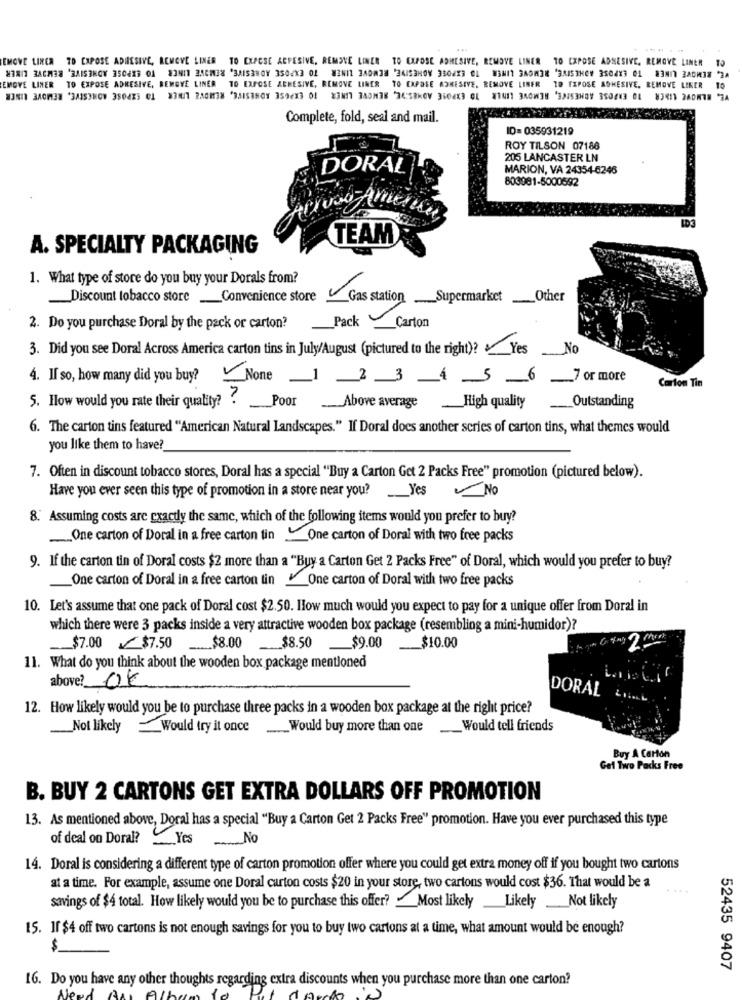
EMOVE LINER TO EXPOSE ADHESIVE, REMOVE LINER TO EXPOSE ARYESIVE, REMOVE LINER TO EXPOSE ADHESIVE, REMOVE LINER TO EXPOSE ADSESIVE, REMOVE LINER TO
8381 3ACH38 'BAISIHOY 35043 01 23NI BACH38 "3AISBNOY 3502X3 02 83NI1 3A0838 34153HOY 350633 01 83811 3A0M38 3AISTHEY 3504X3 01 83817 380M38 34
EMOYE LINER TO EXPOSE ADHESIVE, REMOVE LINER TO EXPOSE ADHESIVE, REMOVE LINER TO EXPOSE ADHESIVE. REMOVE LINER TO EXPOSE ADHESIVE. REMOVE LIKER TO
Complete, fold, seal and mail.
ID= 035931219
ROY TILSON 07186
205 LANCASTER LN
DORAL
MARION, VA 24354-6246
803981-5000592
TEAN
A. SPECIALTY PACKAGING
1. What type of store do you buy your Dorals from?
Discount tobacco store Convenience storeGas station Supermarket_Other
Pack
Carton
2. Do you purchase Doral by the pack or carton?
3. Did you see Doral Across America carton tins in July/August (pictured to the right)? Yes No
4. If so, how many did you buy?None_1 2 3 4 5_6_7 or more
Carton Tin
5. How would you rate their quality? . Poor
Above average High quality
Outstanding
6. The carton tins featured ""American Natural Landscapes." If Doral does another series of carton tins, what themes would
you like them to have?
7. Often in discount tobacco stores, Doral has a special ""Buy a Carton Get 2 Packs Free" promotion (pictured below).
Have you ever seen this type of promotion in a store near you?Yes No
8. Assuming costs are exactly the same, which of the following items would you prefer to buy?
One carton of Doral in a free carton tinOne carton of Doral with two free packs
9. If the carton tin of Doral costs $2 more than a "Buy a Carton Get 2 Packs Free" of Doral, which would you prefer to buy?
One carton of Doral in a free carton tin - One carton of Doral with two free packs
10. Let's assume that one pack of Doral cost $2.50. How much would you expect to pay for a unique offer from Doral in
which there were 3 packs inside a very attractive wooden box package (resembling a mini-humidor)?
2 M
$7.00 $7.50
$8.00
$8.50 _$9.00
__ $10.00
11. What do you think about the wooden box package mentioned
above? OK
DORAL .... L
12. How likely would you be to purchase three packs in a wooden box package at the right price?
Not likely Would try it once Would buy more than one_Would tell friends
Buy A Carton
Gel Two Packs Free
B. BUY 2 CARTONS GET EXTRA DOLLARS OFF PROMOTION
13. As mentioned above, Doral has a special "Buy a Carton Get 2 Packs Free" promotion. Have you ever purchased this type
of deal on Dora?YesNo
14. Doral is considering a different type of carton promotion offer where you could get extra money off if you bought two cartons
at a time. For example, assume one Doral carton costs $20 in your store, two cartons would cost $36. That would be a
savings of $4 total. How likely would you be to purchase this offer? - Most likely Likely Not likely
15. If $4 off two cartons is not enough savings for you to buy two cartons at a time, what amount would be enough?
$
52435 9407
16. Do you have any other thoughts regarding extra discounts when you purchase more than one carton?